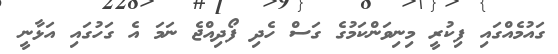
ގައުމެއްގައި ފިކުރީ މިނިވަންކަމުގެ ގަސް ހެދި ފޯދިއްޖެ ނަމަ އެ ގަހުގައި އަޅާނީ